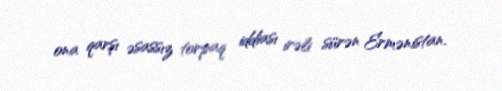
ona qarşı əsassız torpaq iddiası irəli sürən Ermənistan.